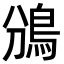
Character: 鳻